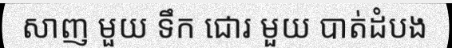
សាញ មួយ ទឹក ជោរ មួយ បាត់ដំបង